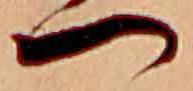
つ